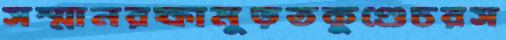
সম্মানরক্ষামুড়তকুণ্ডেচরস